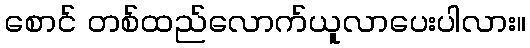
စောင် တစ်ထည်လောက်ယူလာပေးပါလား။